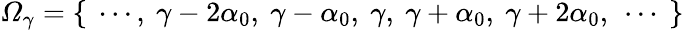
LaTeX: \mathcal{\Omega}_{\gamma}=\{ \ \cdots,\ \gamma-2\alpha_{0},\ \gamma-\alpha_{0},\ \gamma,\ \gamma+\alpha_{0},\ \gamma+2\alpha_{0},\ \cdots\ \}